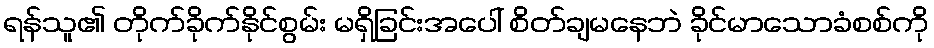
ရန်သူ၏ တိုက်ခိုက်နိုင်စွမ်း မရှိခြင်းအပေါ် စိတ်ချမနေဘဲ ခိုင်မာသောခံစစ်ကို